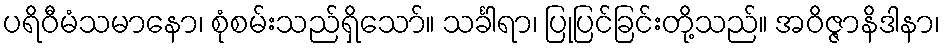
ပရိဝီမံသမာနော၊ စုံစမ်းသည်ရှိသော်။ သင်္ခါရာ၊ ပြုပြင်ခြင်းတို့သည်။ အဝိဇ္ဇာနိဒါနာ၊